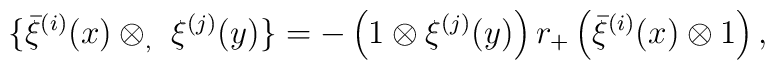
\{ \bar{\xi}^{(i)} (x) \otimes_, \ \xi^{(j)} (y) \} = - \left( 1 \otimes\xi^{(j)} (y) \right) r_+ \left( \bar{\xi}^{(i)} (x) \otimes 1 \right) ,